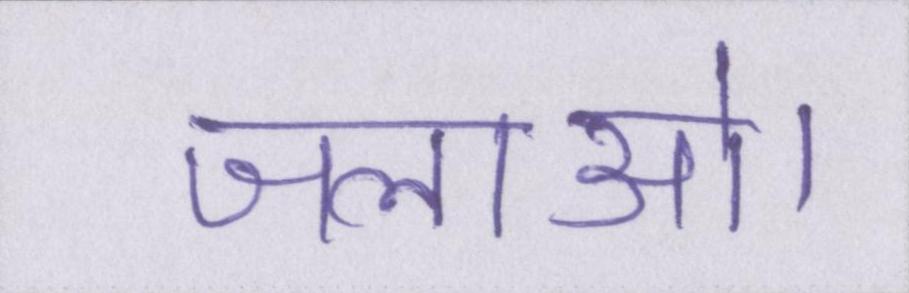
जलाओ।